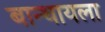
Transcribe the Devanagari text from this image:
बान्धायला